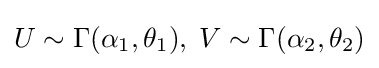
U\sim \Gamma (\alpha _{1},\theta _{1}),\;V\sim \Gamma (\alpha _{2},\theta _{2})